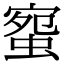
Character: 䗕